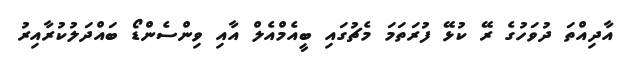
އާދިއްތަ ދުވަހުގެ ރޭ ކުޅޭ ފުރަތަމަ މެޗުގައި ބީއެމްއެލް އާއި ވިންސެންޑޯ ބައްދަލުކުރާއިރު